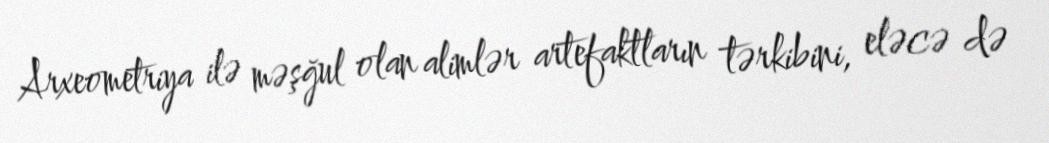
Arxeometriya ilə məşğul olan alimlər artefaktların tərkibini, eləcə də